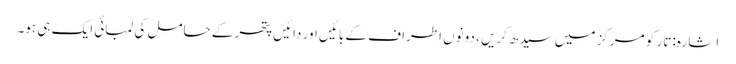
اشارہ: تار کو مرکز میں سیدھ کریں ، دونوں اطراف کے بائیں اور دائیں پتھر کے حامل کی لمبائی ایک ہی ہو۔